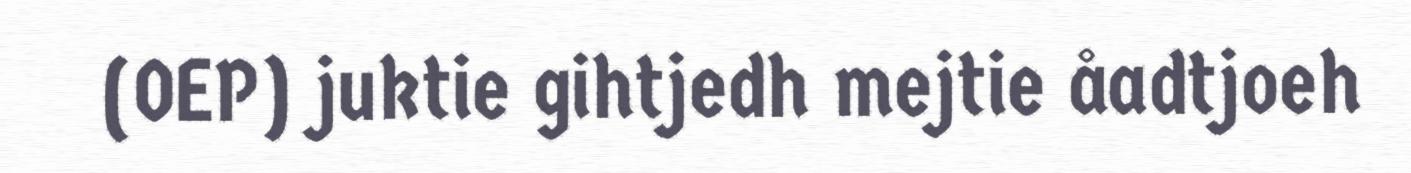
(OEP) juktie gihtjedh mejtie åadtjoeh